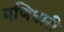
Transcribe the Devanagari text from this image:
मणिधारी